kultuurilooline_kollektsioon, lk 12
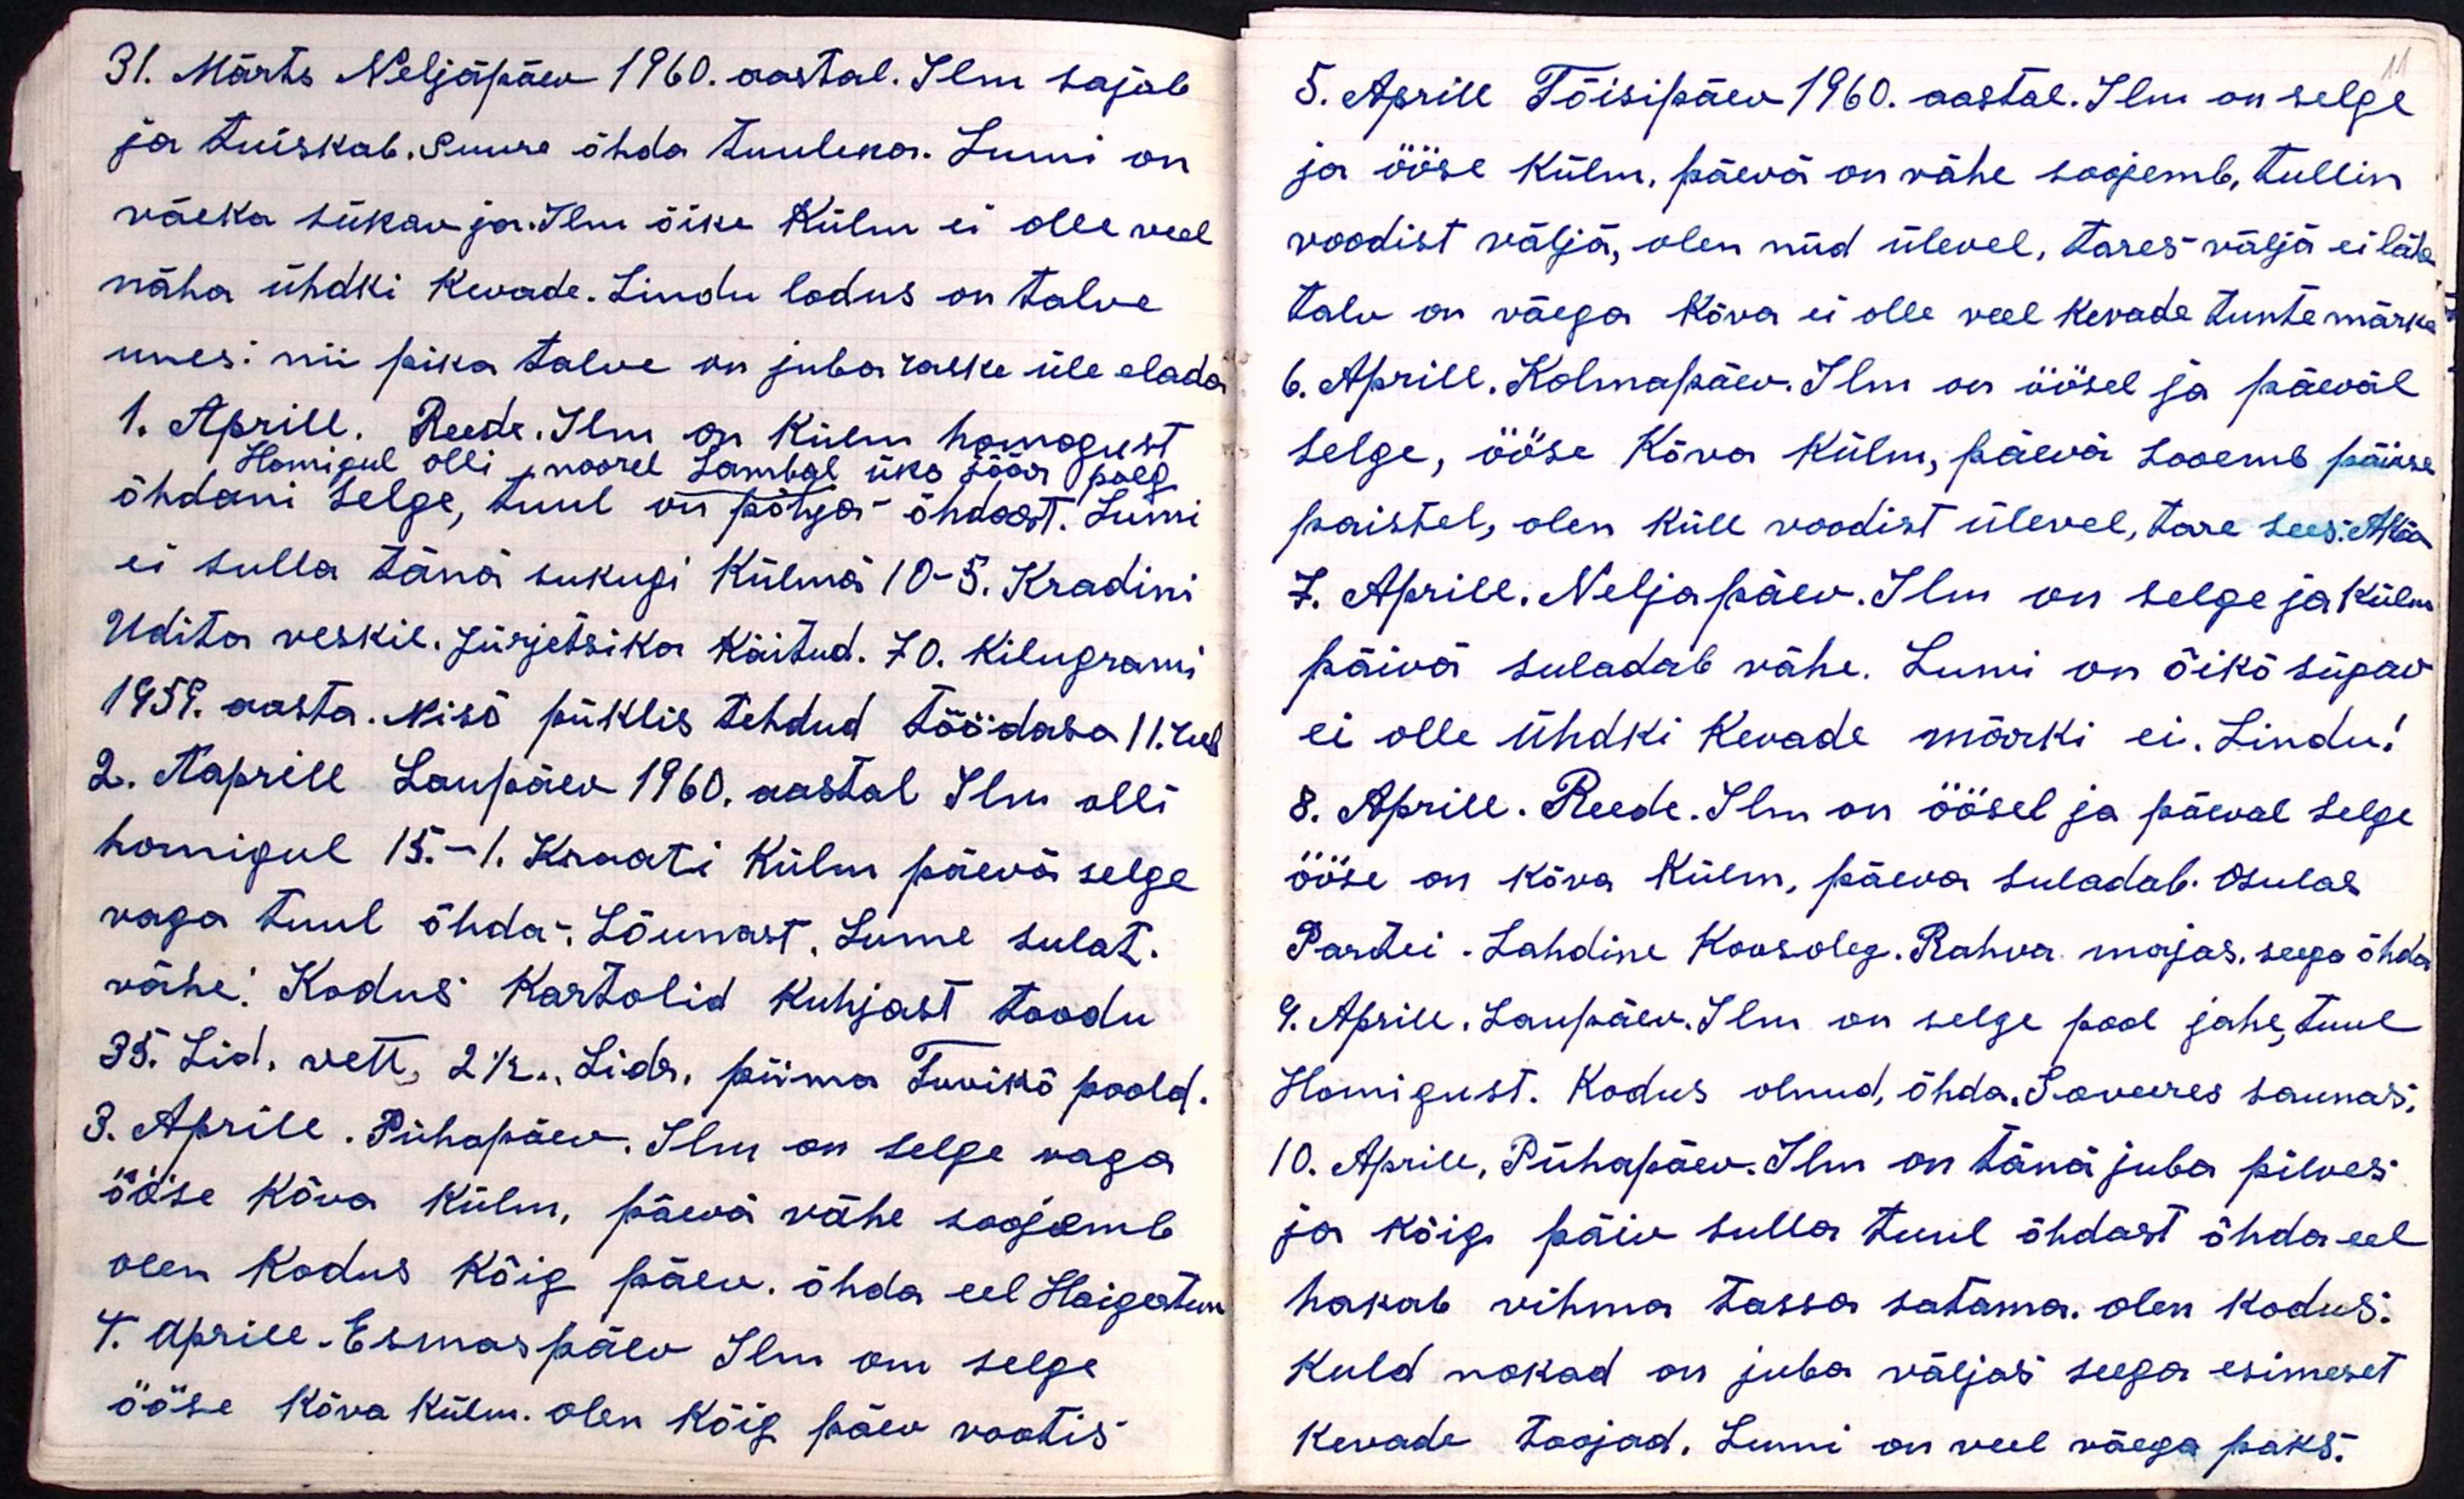
11

31. Märts Neljäpäev 1960. aastal. Ilm sajab
ja tuiskab. Suure õhda tuuleka. Lumi on
väeka sükav ja. Ilm õike Külm ei olle veel
näha ühdki kevade. Lindu lodus on talve
unes: nii pika talve on juba raske üle elada
1. Aprill Reede. Ilm on Külm homogust
Homigul olli 1 noorel Lambal üks jäär poeg
õhdani selge, tuul on põhja-õhdast. Lumi
ei tulla tänä sukugi Külmä 10-5. Kradini
Udita veskil. Jürjetsika Käitud. 70. Kilugrami
1959. aasta. Nisö püklis tehdud töödaso 11. rub.
2. Aaprill Laupäev 1960. aastal Ilm olli
homigul 15.-1. Kraati Külm päevä selge
vaga tuul õhda-, Lõunast, Lume sulat.
vähe. Kodus Kartolid kuhjast toodu
35. Lid, vett, 2 1/2 Lidr. piima Tuvikõ poold.
3. Aprill. Pühapäev. Ilm on selge vaga
ööse kõva külm, päeva vähe soojemb
olen kodus kõig päev. õhda eel Haigestun
4. Aprill Esmaspäev Ilm on selge
ööse kõva külm. olen kõig päev vootis

5. Aprill Tõisipäev 1960. aastal. Ilm on selge
ja ööse külm, päevä on vähe soojemb, tullin
voodist väljä, olen nüd üleval, tares välja ei lähe
talv on väega kõva ei olle veel kevade tunte märke
6. Aprill, Kolmapäev. Ilm on öösel ja päeväl
selge, ööse Kõva külm, päeva sooemb päikse
paistel, olen küll voodist ülevel, tare sees: AKõv
7. Aprill. Neljapäev. Ilm on selge ja külm
päivä suladab vähe. Lumi on õikõ sügav
ei olle ühdki kevade märki ei. Lindu!
8. Aprill. Reede. Ilm on öösel ja päeval selge
ööse on kõva külm, päeva suladab. Osulas
Partei. Lahdine Koosoleg. Rahva majas, seega õhda
9. Aprill. Laupäev. Ilm on selge pool jahe, tuul
Homigust. Kodus olnud, õhda. Soveeres saunas;
10. Aprill, Pühapäev. Ilm on tänä juba pilves
ja kõig päiv sulla tuul õhdast õhda eel
hakab vihma tassa satama. olen kodus.
Kuld nokad on juba väljas seega esimeset
kevade toojad. Lumi on veel väega paks.